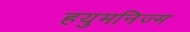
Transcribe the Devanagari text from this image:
हयुमनिज्म